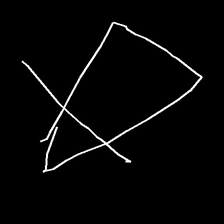
Glyph: empower